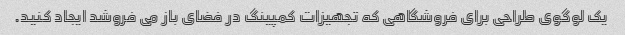
یک لوگوی طراحی برای فروشگاهی که تجهیزات کمپینگ در فضای باز می فروشد ایجاد کنید.